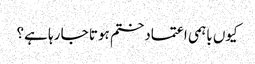
کیوں باہمی اعتمادختم ہوتا جا رہا ہے؟